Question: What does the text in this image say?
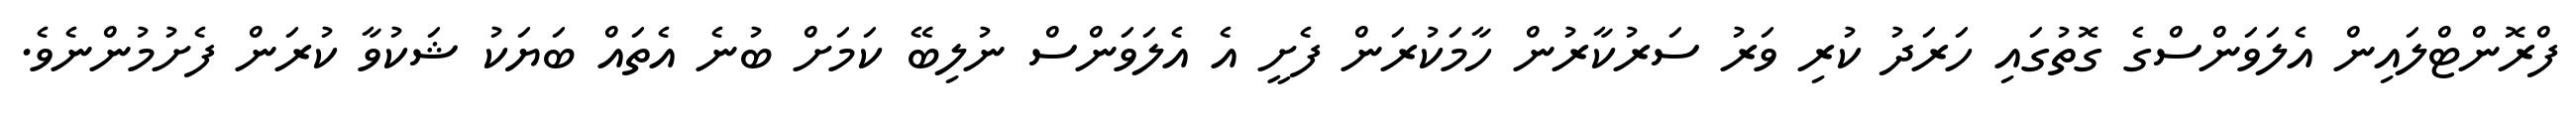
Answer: ފްރޮންޓްލައިން އެލަވަންސްގެ ގޮތުގައި ހަރަދު ކުރި ވަރު ސަރުކާރުން ހާމަކުރަން ފެށީ އެ އެލަވަންސް ނުލިބޭ ކަމަށް ބުނެ އެތައް ބަޔަކު ޝަކުވާ ކުރަން ފެށުމުންނެވެ.